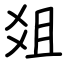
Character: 爼